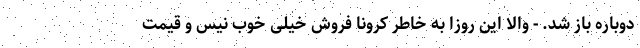
دوباره باز شد. - والا این روزا به خاطر کرونا فروش خیلی خوب نیس و قیمت